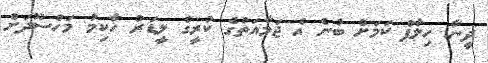
ދީނާ ހިލާފް ކަމަށް ބުނެ އެ ޖަމާއަތުގެ ކުރީގެ ލީޑަރު ހާކިމު މަހްސޫދަށް